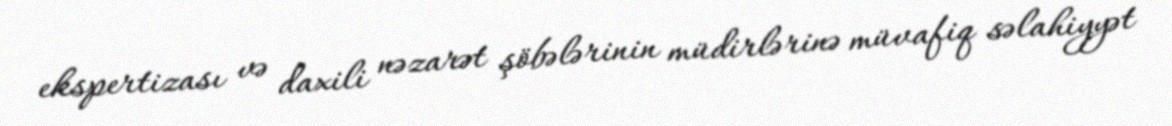
ekspertizası və daxili nəzarət şöbələrinin müdirlərinə müvafiq səlahiyyət